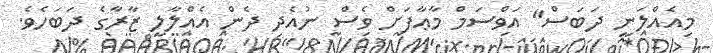
މިއެއްލަނީ ދަބަސް" އަވްސަމް މާޢާފަށް ވެސް ނުއެދި ދެން އެއްލާލީ ޒާރާގެ ދަބަހެވެ.